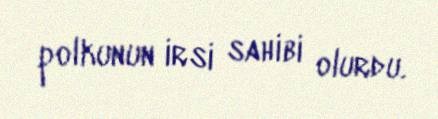
polkunun irsi sahibi olurdu.